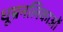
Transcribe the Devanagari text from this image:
धूम्रनलिकाओं